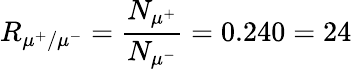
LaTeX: R_{\mu^{+}/\mu^{-}}=\frac{N_{\mu^{+}}}{N_{\mu^{-}}}=0.240=24\